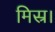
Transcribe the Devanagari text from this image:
मिस्र।